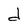
Character: d